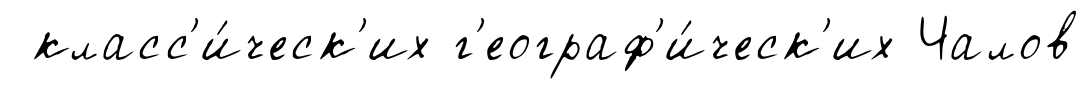
класс'и́ческ'их г'еограф'и́ческ'их Чалов